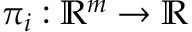
\pi _ { i } : \mathbb { R } ^ { m } \to \mathbb { R }